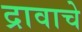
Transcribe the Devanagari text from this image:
द्रावाचे